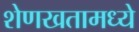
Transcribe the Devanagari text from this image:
शेणखतामध्ये